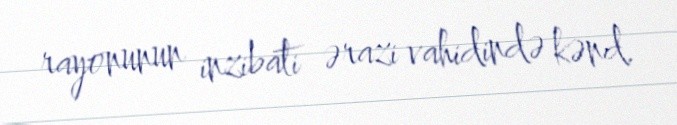
rayonunun inzibati ərazi vahidində kənd.